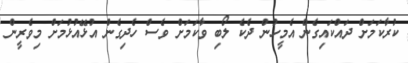
ކުރާކަމަށް ދައްކައިގެން އެމީހުން ދެކެ ލޯބި ވާކަމަށް ވެސް ހެދިގެން އުޅޭއުޅުމަށް މިވެރީން